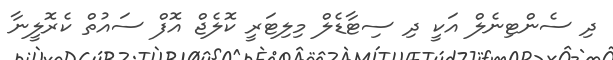
ދި ސެންޓިނެލް އަކީ ދި ސިޓާޑެލް މިލިޓަރީ ކޮލެޖް އޮފް ސައުތް ކެރޮލީނާ